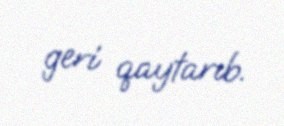
geri qaytarıb.